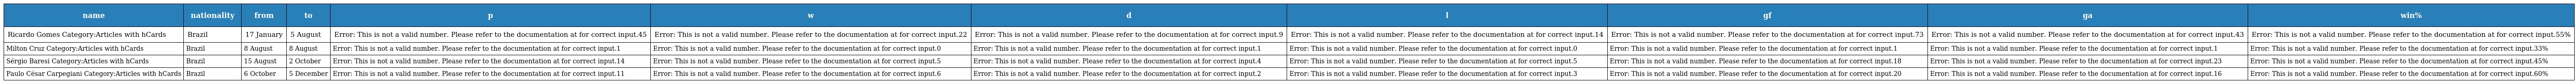
| name | nationality | from | to | p | w | d | l | gf | ga | win% |
 | --- | --- | --- | --- | --- | --- | --- | --- | --- | --- | --- |
 | Ricardo Gomes Category:Articles with hCards | Brazil | 17 January | 5 August | Error: This is not a valid number. Please refer to the documentation at for correct input.45 | Error: This is not a valid number. Please refer to the documentation at for correct input.22 | Error: This is not a valid number. Please refer to the documentation at for correct input.9 | Error: This is not a valid number. Please refer to the documentation at for correct input.14 | Error: This is not a valid number. Please refer to the documentation at for correct input.73 | Error: This is not a valid number. Please refer to the documentation at for correct input.43 | Error: This is not a valid number. Please refer to the documentation at for correct input.55% |
 | Milton Cruz Category:Articles with hCards | Brazil | 8 August | 8 August | Error: This is not a valid number. Please refer to the documentation at for correct input.1 | Error: This is not a valid number. Please refer to the documentation at for correct input.0 | Error: This is not a valid number. Please refer to the documentation at for correct input.1 | Error: This is not a valid number. Please refer to the documentation at for correct input.0 | Error: This is not a valid number. Please refer to the documentation at for correct input.1 | Error: This is not a valid number. Please refer to the documentation at for correct input.1 | Error: This is not a valid number. Please refer to the documentation at for correct input.33% |
 | Sérgio Baresi Category:Articles with hCards | Brazil | 15 August | 2 October | Error: This is not a valid number. Please refer to the documentation at for correct input.14 | Error: This is not a valid number. Please refer to the documentation at for correct input.5 | Error: This is not a valid number. Please refer to the documentation at for correct input.4 | Error: This is not a valid number. Please refer to the documentation at for correct input.5 | Error: This is not a valid number. Please refer to the documentation at for correct input.18 | Error: This is not a valid number. Please refer to the documentation at for correct input.23 | Error: This is not a valid number. Please refer to the documentation at for correct input.45% |
 | Paulo César Carpegiani Category:Articles with hCards | Brazil | 6 October | 5 December | Error: This is not a valid number. Please refer to the documentation at for correct input.11 | Error: This is not a valid number. Please refer to the documentation at for correct input.6 | Error: This is not a valid number. Please refer to the documentation at for correct input.2 | Error: This is not a valid number. Please refer to the documentation at for correct input.3 | Error: This is not a valid number. Please refer to the documentation at for correct input.20 | Error: This is not a valid number. Please refer to the documentation at for correct input.16 | Error: This is not a valid number. Please refer to the documentation at for correct input.60% |